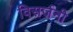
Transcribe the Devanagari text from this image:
विसर्जनी